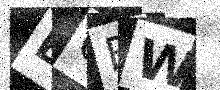
Text: EGFW